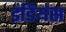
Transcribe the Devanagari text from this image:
इंडियंस